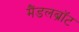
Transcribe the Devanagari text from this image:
मैंडलब्रॉट